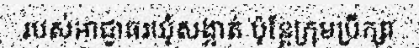
របស់អាជ្ញាធរឃុំសង្កាត់ ប៉ុន្តែក្រុមប្រឹក្សា